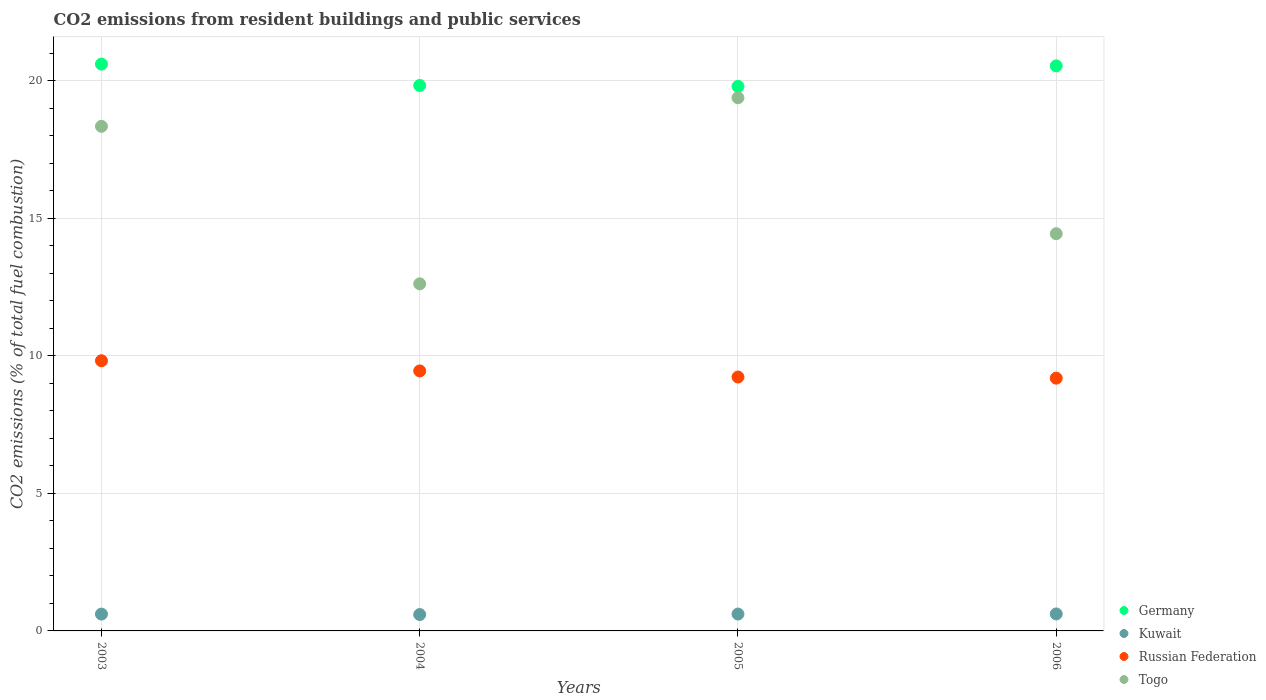
| Years | Germany | Kuwait | Russian Federation | Togo |
 | --- | --- | --- | --- | --- |
 | 2003 | 20.6 | 0.612 | 9.83 | 18.3 |
 | 2004 | 19.8 | 0.595 | 9.46 | 12.6 |
 | 2005 | 19.8 | 0.613 | 9.23 | 19.4 |
 | 2006 | 20.5 | 0.618 | 9.19 | 14.4 |